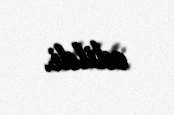
edildi.